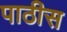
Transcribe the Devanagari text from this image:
पाठीस